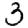
Digit: 3